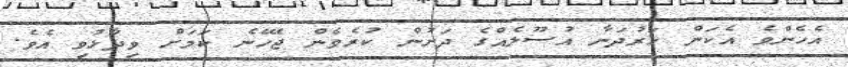
އެހެންވެ އެކަން ހަރުދަނާ އުސޫލެއްގެ ދަށުން ކުރެވެން ޖެހޭނެ ކަމަށް ވިދާޅުވި އެވެ.